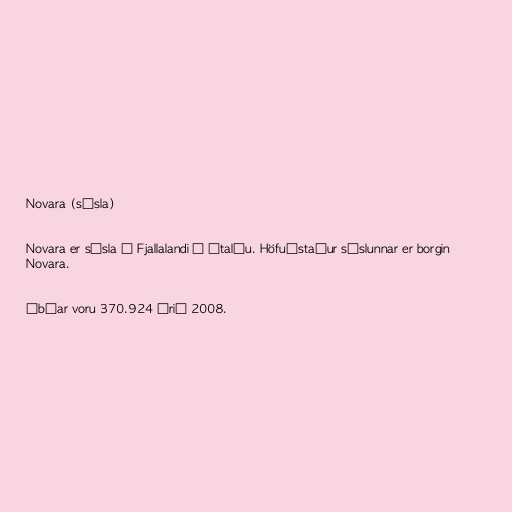
Novara (sýsla)

Novara er sýsla í Fjallalandi á Ítalíu. Höfuðstaður sýslunnar er borgin
Novara.

Íbúar voru 370.924 árið 2008.